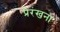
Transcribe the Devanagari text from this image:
प्रेरंखना